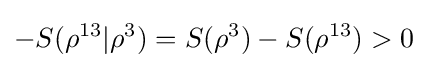
-S(\rho ^{13}|\rho ^{3})=S(\rho ^{3})-S(\rho ^{13})>0